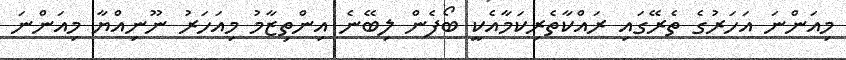
މިއަންނަ އަހަރުގެ ތެރޭގައި ރައްކާތެރިކަމާއެކީ ބޯފެން ލިބޭނެ އިންތިޒާމު މިއަހަރު ނޫނިއްޔާ މިއަންނަ